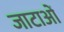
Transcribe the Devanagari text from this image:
जाटाओं